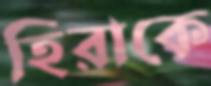
হিরাকে